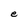
Character: e